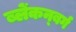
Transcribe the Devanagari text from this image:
ब्लेंकन्बर्ग